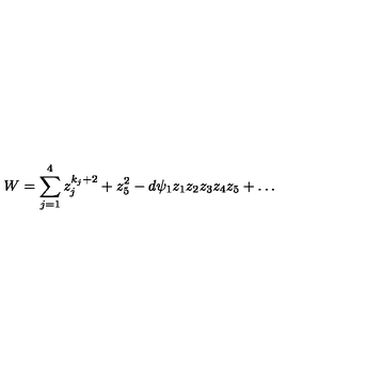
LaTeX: W = \sum _ { j = 1 } ^ { 4 } z _ { j } ^ { k _ { j } + 2 } + z _ { 5 } ^ { 2 } - d \psi _ { 1 } z _ { 1 } z _ { 2 } z _ { 3 } z _ { 4 } z _ { 5 } + \dots